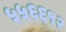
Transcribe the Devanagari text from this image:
५५६६१२